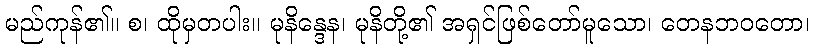
မည်ကုန်၏။ စ၊ ထိုမှတပါး။ မုနိန္ဒေန၊ မုနိတို့၏ အရှင်ဖြစ်တော်မူသော၊ တေနဘဝတော၊